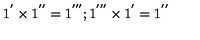
1 ^ { ' } \times 1 ^ { ' ^ { \prime } } = 1 ^ { ' ^ { \prime \prime } } ; 1 ^ { ' ^ { \prime \prime } } \times 1 ^ { ' } = 1 ^ { ' ^ { \prime } }